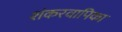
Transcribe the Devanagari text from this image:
शंकरवापिका